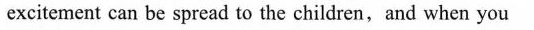
excitement can be spread to the children, and when you